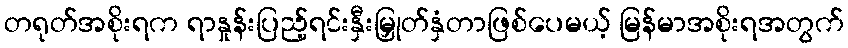
တရုတ်အစိုးရက ရာနှုန်းပြည့်ရင်းနှီးမြှုတ်နှံတာဖြစ်ပေမယ့် မြန်မာအစိုးရအတွက်